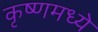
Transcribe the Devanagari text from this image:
कृष्णमध्ये